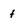
Character: f